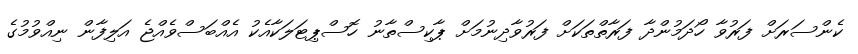
ކެންސަރަށް ފަރުވާ ހޯދަމުންދާ ފަރާތްތަކަށް ފަރުވާދިނުމަށް ޕާކިސްތާނު ހޮސްޕިޓަލަކާއެކު އެއްބަސްވެއްޖެ އަލިފާން ނިއްވުމުގެ